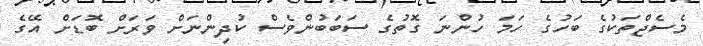
މެސެޖްތަކުގެ ބަހުގެ ހަމަ ހުންނަ ގޮތުގެ ސަބަބުންވެސް ކުދިންނަށް ވަރަށް ބޮޑަށް އޭގެ